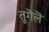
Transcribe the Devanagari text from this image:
तुगॆलॆ